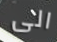
الى